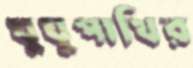
ঘুঘুপাখির